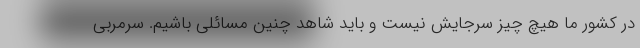
در کشور ما هیچ چیز سرجایش نیست و باید شاهد چنین مسائلی باشیم. سرمربی